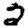
Digit: 2